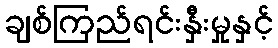
ချစ်ကြည်ရင်းနှီးမှုနှင့်